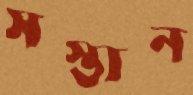
সস্তান